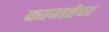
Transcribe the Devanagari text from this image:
कामरेज